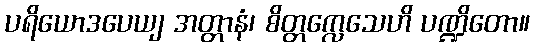
ပရိယောဒပေယျ အတ္တာနံ၊ စိတ္တက္လေသေဟိ ပဏ္ဍိတော။